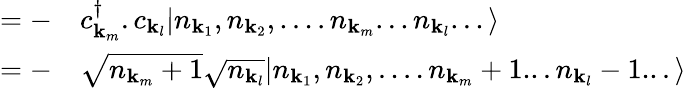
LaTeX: \begin{array}{rl}{={}-}&{{}c_{{\mathbf{k}}_{m}}^{\dagger}.c_{{\mathbf{k}}_{l}}|n_{{\mathbf{k}}_{1}},n_{{\mathbf{k}}_{2}},....n_{{\mathbf{k}}_{m}}...n_{{\mathbf{k}}_{l}}...\rangle}\\ {={}-}&{{}{\sqrt{n_{{\mathbf{k}}_{m}}+1}}{\sqrt{n_{{\mathbf{k}}_{l}}}}|n_{{\mathbf{k}}_{1}},n_{{\mathbf{k}}_{2}},....n_{{\mathbf{k}}_{m}}+1...n_{{\mathbf{k}}_{l}}-1...\rangle}\end{array}